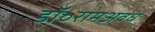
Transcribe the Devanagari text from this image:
डॉ॰रामअवध